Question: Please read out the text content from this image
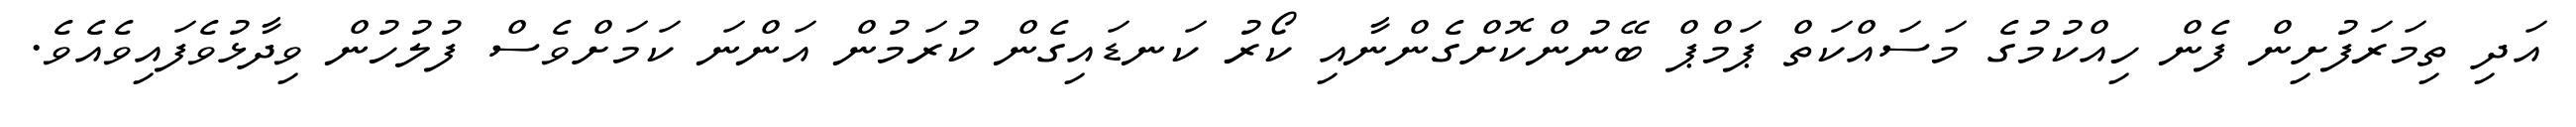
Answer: އަދި ތިމަރަފުށިން ފެން ހިއްކުމުގެ މަސައްކަތް ޕަމްޕް ބޭނުންކޮށްގެންނާއި ކޯރު ކަނޑައިގެން ކުރަމުން އަންނަ ކަމަށްވެސް ފުލުހުން ވިދާޅުވެފައިވެއެވެ.